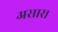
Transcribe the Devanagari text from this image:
असार।